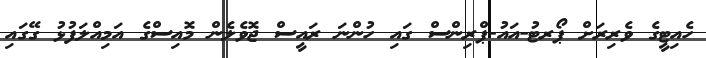
ހެއިޓީގެ ވެރިރަށް ޕޯރޓު-އައު-ޕްރިންސް ގައި ހުންނަ ރައީސް ޖޮވެލެން މޮއިސްގެ އަމިއްލަފުޅު ގޭގައި